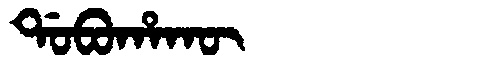
Manchu: ᡩᠣᠪᠣᡥᠠᡴᡡ
Romanization: DOBOHAKŪ